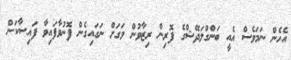
އެހެން ނަމަވެސް އެއީ ބަންގްލަދޭޝްގެ ފޮރިން ރިޒާވުން ވަގަށް ނަގައިގެން ފޮނުވާފައިވާ ފައިސާކަން